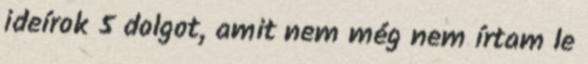
ideírok 5 dolgot, amit nem még nem írtam le